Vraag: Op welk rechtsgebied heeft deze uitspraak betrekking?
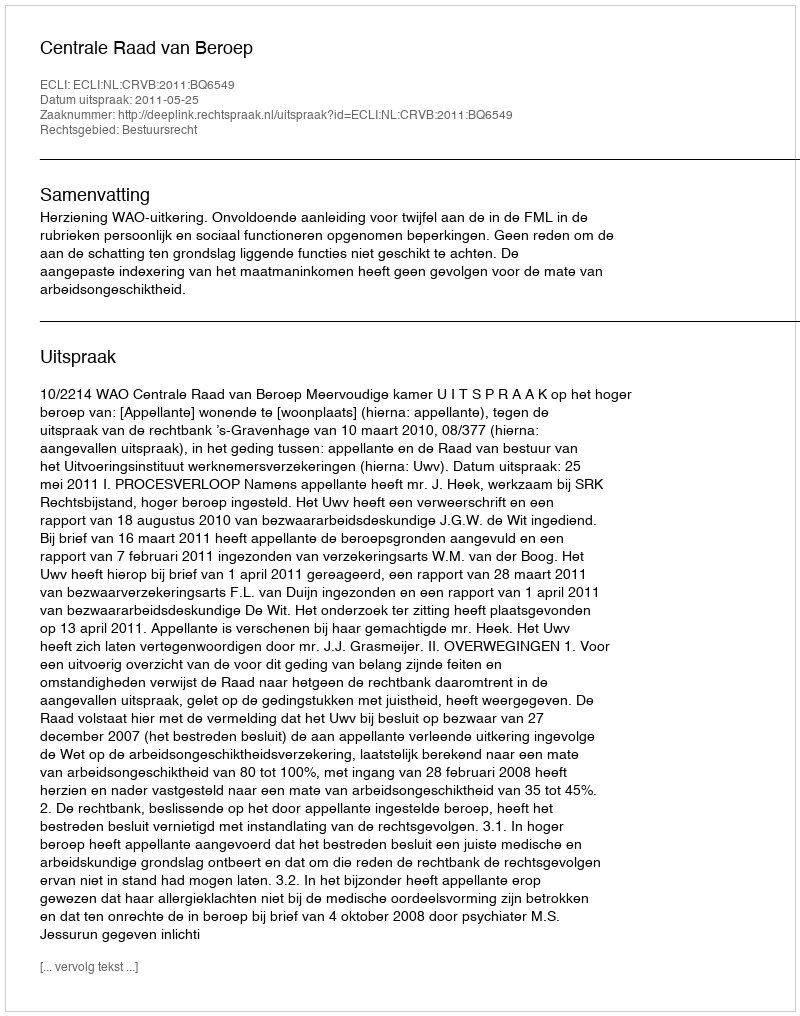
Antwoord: Bestuursrecht